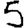
Digit: 5